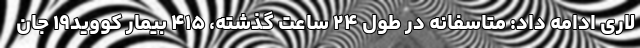
لاری ادامه داد: متاسفانه در طول ۲۴ ساعت گذشته، ۴۱۵ بیمار کووید۱۹ جان